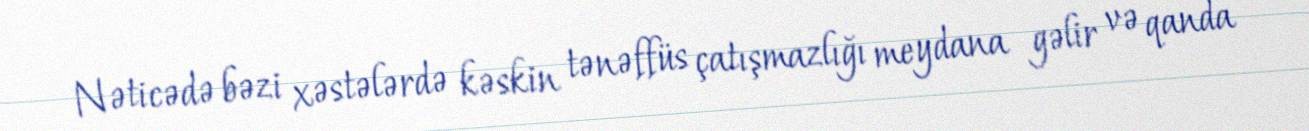
Nəticədə bəzi xəstələrdə kəskin tənəffüs çatışmazlığı meydana gəlir və qanda